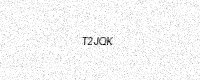
Text: T2JQK